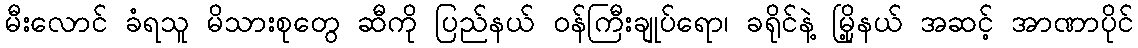
မီးလောင် ခံရသူ မိသားစုတွေ ဆီကို ပြည်နယ် ဝန်ကြီးချုပ်ရော၊ ခရိုင်နဲ့ မြို့နယ် အဆင့် အာဏာပိုင်